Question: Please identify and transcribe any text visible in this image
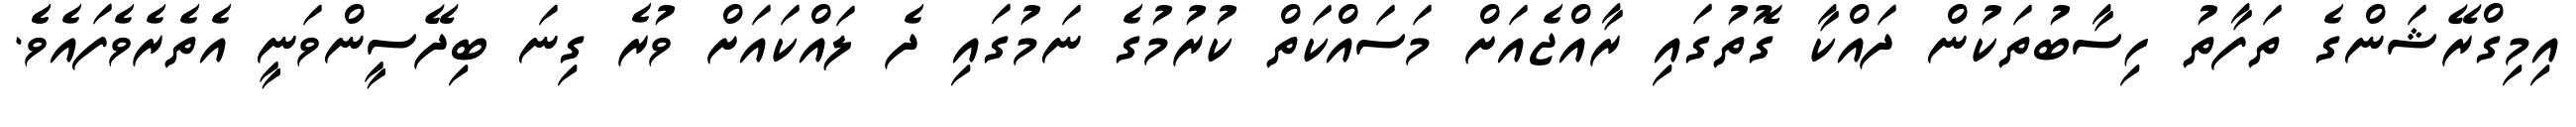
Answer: އިމިގްރޭޝަންގެ ތަފާތު ހިސާބުތަކުން ދައްކާ ގޮތުގައި ރާއްޖެއަށް މަސައްކަތް ކުރުމުގެ ނަމުގައި ދެ ލައްކައަށް ވުރެ ގިނަ ބިދޭސީންވަނީ އެތެރެވެފައެވެެ.